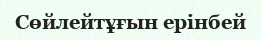
Сөйлейтұғын ерінбей